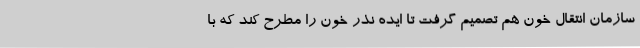
سازمان انتقال خون هم تصمیم گرفت تا ایده نذر خون را مطرح کند که با